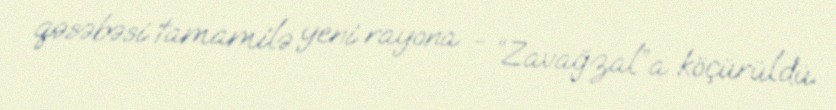
qəsəbəsi tamamilə yeni rayona - “Zavağzal”a köçürüldü.